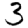
Digit: 3